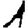
Digit: 1